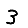
Digit: 3